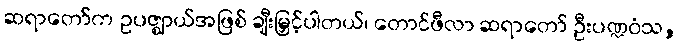
ဆရာတော်က ဥပဇ္ဈာယ်အဖြစ် ချီးမြှင့်ပါတယ်၊ တောင်ဖီလာ ဆရာတော် ဦးပဏ္ဍဝံသ,